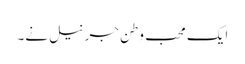
ایک محب وطن جرنیل نے۔